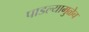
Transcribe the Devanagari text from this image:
पाडल्यामुळेच